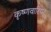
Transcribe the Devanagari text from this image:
कृष्णवारियर्